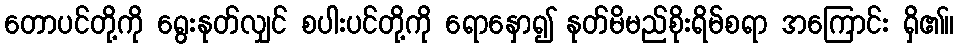
တောပင်တို့ကို ရွေးနုတ်လျှင် စပါးပင်တို့ကို ရောနှော၍ နုတ်မိမည်စိုးရိမ်စရာ အကြောင်း ရှိ၏။